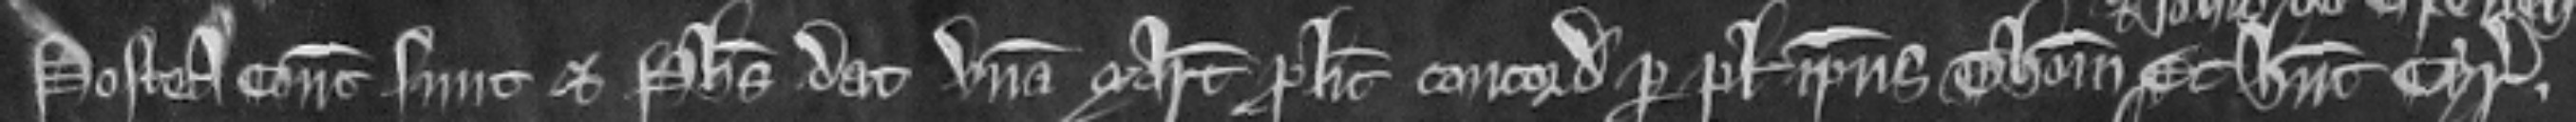
Postea concordati sunt et Philippus dat unam marcam pro licencia concordandi per plegium ipsius Thome Et habent cyrographum.